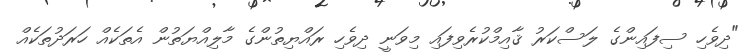
"ދިވެހި ސިފައިންގެ ލަސްކަރު ޤާއިމްކުރެވިފައި މިވަނީ ދިވެހި ރައްޔިތުންގެ މާލިއްޔަތުން އެތަކެއް ހަރަދުތަކެއް